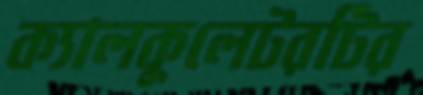
ক্যালকুলেটরটির